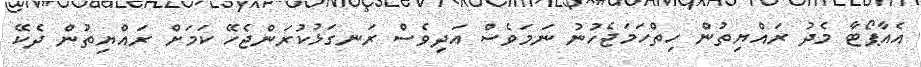
އެއާޕޯޓާ މެދު ރައްޔިތުން ހިތްހަމަޖެހުނު ނަމަވެސް އަދިވެސް ރަނގަޅުކުރަންޖެހޭ ކަމަށް ރައްޔިތުން ދެކޭ